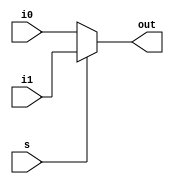
`timescale 1ns / 1ps
//////////////////////////////////////////////////////////////////////////////////
// Company: 
// Engineer: 
// 
// Design Name: 
// Module Name: mux21
// Project Name: 
// Target Devices: 
// Tool Versions: 
// Description: 
// 
// Dependencies: 
// 
// Revision:
// Revision 0.01 - File Created
// Additional Comments:
// 
//////////////////////////////////////////////////////////////////////////////////


module mux21(out,i0,i1,s);
   input i0,i1,s;
   output reg out;
   always@*
   begin
   if(s==0)
   out=i0;
   else
   out=i1;
   end
endmodule